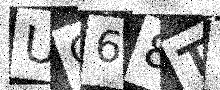
Text: UO68TL